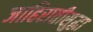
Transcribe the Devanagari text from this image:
जाहिरातीसुद्धा